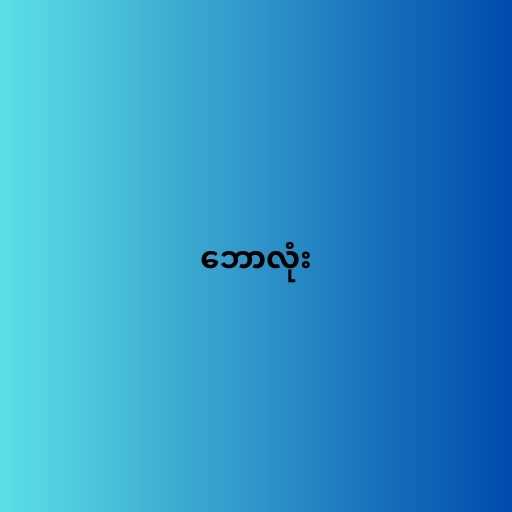
ဘောလုံး